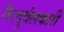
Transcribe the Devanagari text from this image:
गैरदुर्बलकारी